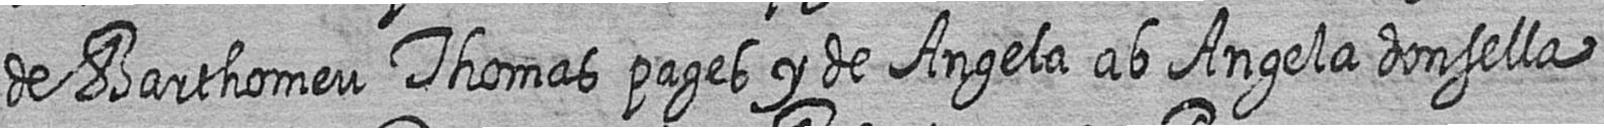
de Barthomeu Thomas pages y de Angela ab Angela donsella